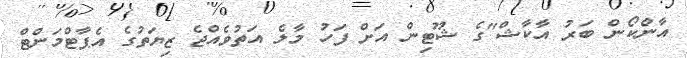
އާންކޯން ބަރު އާކާޝް"ގެ ޝޫޓިން އަށް ފަހު މާލެ އަތުވެއްޖެ ޒިޔަތުގެ އެޕާޓްމަންޓް